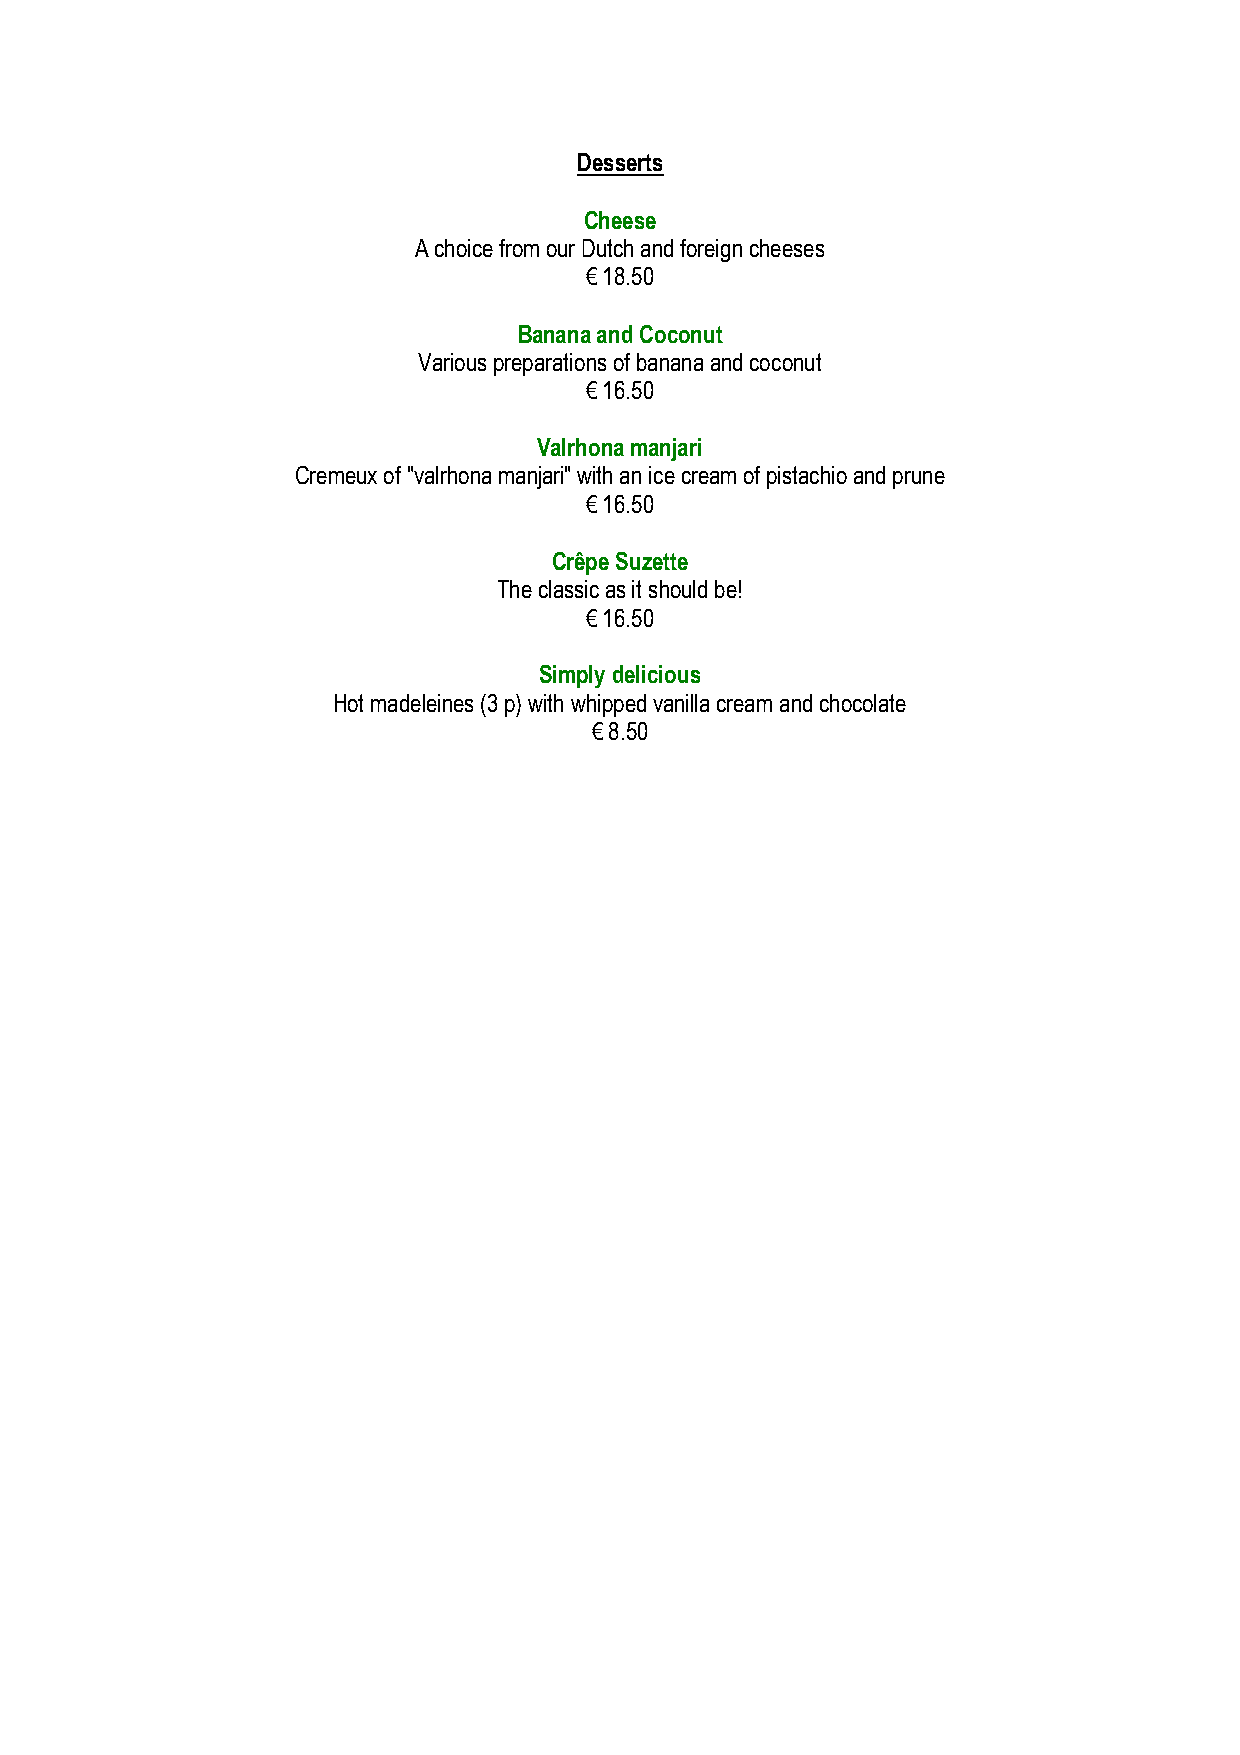
Desserts
 Cheese
 A choice from our Dutch and foreign cheeses
 € 18.50
 Banana and Coconut
 Various preparations of banana and coconut
 € 16.50
 Valrhona manjari
 Cremeux of "valrhona manjari" with an ice cream of pistachio and prune
 € 16.50
 Crêpe Suzette
 The classic as it should be!
 € 16.50
 Simply delicious
 Hot madeleines (3 p) with whipped vanilla cream and chocolate
 € 8.50